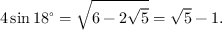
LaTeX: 4 \sin 1 8 ^ { \circ } = { \sqrt { 6 - 2 { \sqrt { 5 } } } } = { \sqrt { 5 } } - 1 .